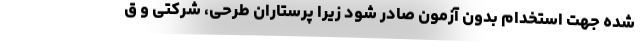
شده جهت استخدام بدون آزمون صادر شود زیرا پرستاران طرحی، شرکتی و ق